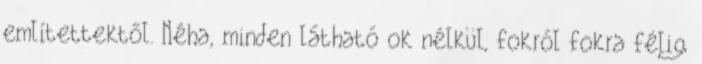
említettektől. Néha, minden látható ok nélkül, fokról fokra félig